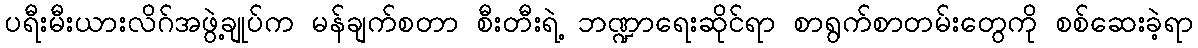
ပရီးမီးယားလိဂ်အဖွဲ့ချုပ်က မန်ချက်စတာ စီးတီးရဲ့ ဘဏ္ဍာရေးဆိုင်ရာ စာရွက်စာတမ်းတွေကို စစ်ဆေးခဲ့ရာ